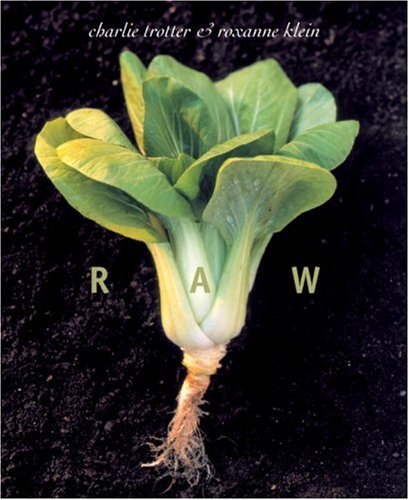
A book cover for Raw; Charlie Trotter; Cookbooks, Food & Wine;